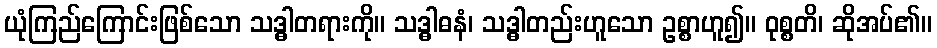
ယုံကြည်ကြောင်းဖြစ်သော သဒ္ဓါတရားကို။ သဒ္ဓါဓနံ၊ သဒ္ဓါတည်းဟူသော ဥစ္စာဟူ၍။ ဝုစ္စတိ၊ ဆိုအပ်၏။